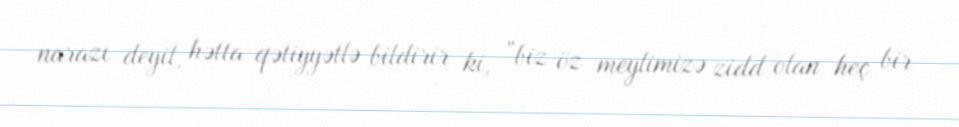
narazı deyil, hətta qətiyyətlə bildirir ki, ”biz öz meylimizə zidd olan heç bir